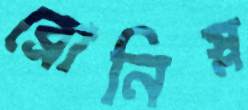
ব্রোনিস্ল